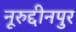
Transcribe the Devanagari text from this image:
नूरुद्दीनपुर